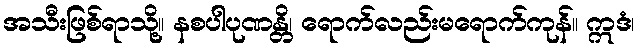
အသီးဖြစ်ရာသို့။ နစပါပုဏန္တိ၊ ရောက်လည်းမရောက်ကုန်။ ဣဒံ၊